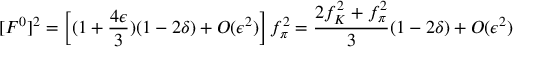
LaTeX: [ F ^ { 0 } ] ^ { 2 } = \left[ ( 1 + \frac { 4 \epsilon } { 3 } ) ( 1 - 2 \delta ) + { \cal O } ( \epsilon ^ { 2 } ) \right] f _ { \pi } ^ { 2 } = \frac { 2 f _ { K } ^ { 2 } + f _ { \pi } ^ { 2 } } { 3 } ( 1 - 2 \delta ) + { \cal O } ( \epsilon ^ { 2 } )